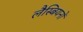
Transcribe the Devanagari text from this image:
लैस्बियनों